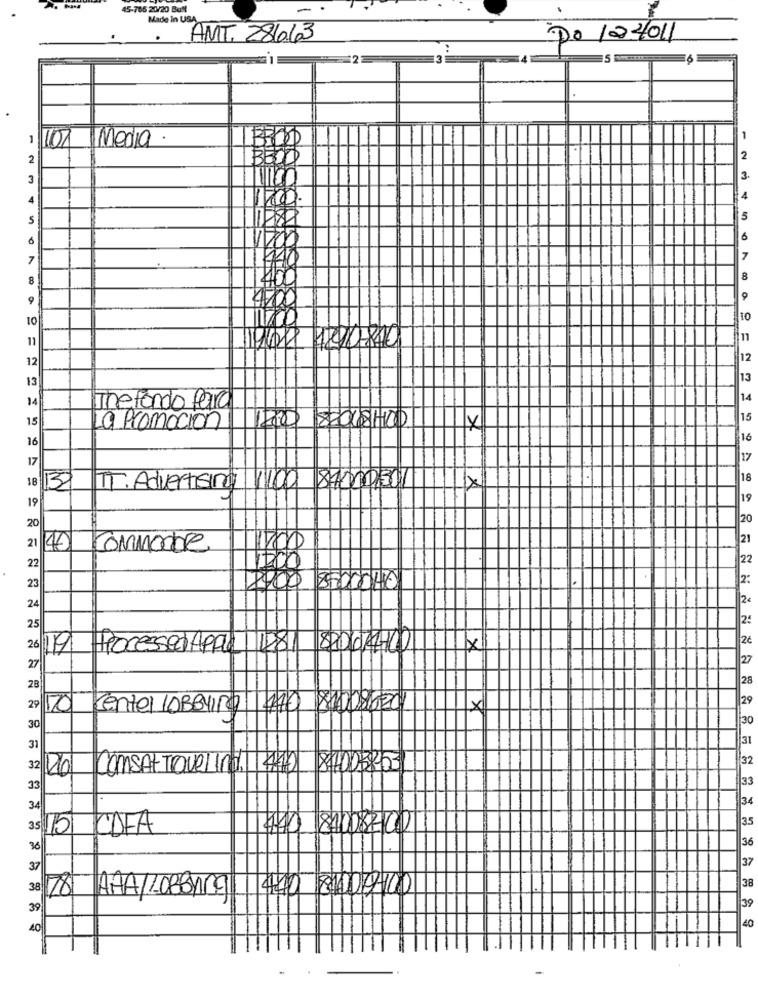
15-765 20/20 Bull
Made in USA
AMT. 286.63
DO 124011
1
107
Media
1
2
2
3
3
4
S
5
6
6
7
8
400
8
400
10
10
11
12907840
11
12
12
13
13
14
14
The fondo faire
15
100 2018100
15
La Promoción
16
17
18
18
TT. Advertising
1100 84000,301
19
19
20
20
21
21
40
COMMONDe
22
22
2.
23
2€
25
2€
26 19
HrocessedAPAL
481 82004-200
27
27
28
28
29
2º 10
Center 1DBBYTO 170 840020201
X
30
30
31
31
32
32
COMSAT TOVelIni. 412 840058:53
33
33
34
34
35
15
CDFA
440 84008202
36
30
37
37
38
38
440 84008-10
78 AAA/LOBBYKg
39
39
40
40